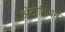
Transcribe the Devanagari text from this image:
अॅटोमियम